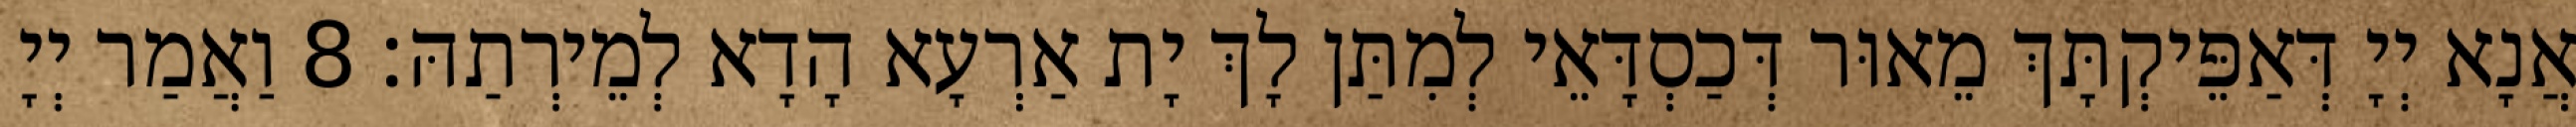
אֲנָא יְיָ דְּאַפֵּיקְתָּךְ מֵאוּר דְּכַסְדָּאֵי לְמִתַּן לָךְ יָת אַרְעָא הָדָא לְמֵירְתַהּ׃ 8 וַאֲמַר יְיָ